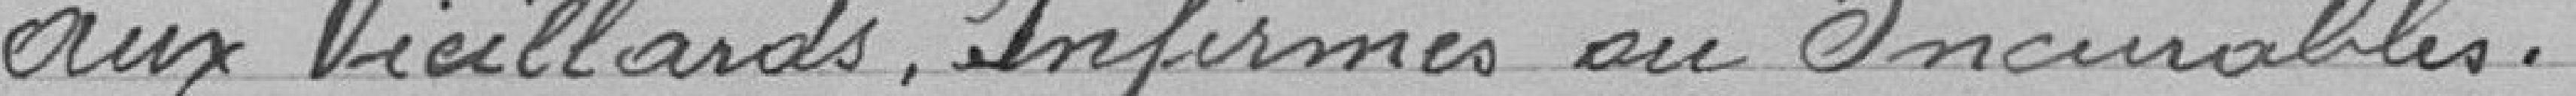
aux Vieillards, Infirmes ou Incurables.